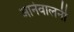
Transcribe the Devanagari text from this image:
आनेवालनी